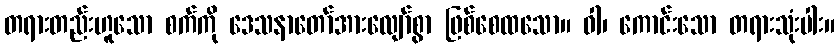
တရားတည်းဟူသော စက်ကို ဒေသနာတော်အားလျော်စွာ ဖြစ်စေထသော။ ဝါ၊ ကောင်းသော တရားသုံးပါး။